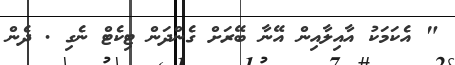
" އެކަމަކު އާއިލާއިން އޭނާ ބޭރަށް ގެންދަން ޓިކެޓް ނެގި . ދެން